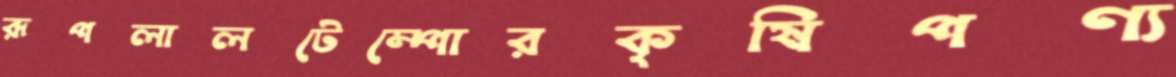
রূপলালটেম্পোরকৃষিপণ্য